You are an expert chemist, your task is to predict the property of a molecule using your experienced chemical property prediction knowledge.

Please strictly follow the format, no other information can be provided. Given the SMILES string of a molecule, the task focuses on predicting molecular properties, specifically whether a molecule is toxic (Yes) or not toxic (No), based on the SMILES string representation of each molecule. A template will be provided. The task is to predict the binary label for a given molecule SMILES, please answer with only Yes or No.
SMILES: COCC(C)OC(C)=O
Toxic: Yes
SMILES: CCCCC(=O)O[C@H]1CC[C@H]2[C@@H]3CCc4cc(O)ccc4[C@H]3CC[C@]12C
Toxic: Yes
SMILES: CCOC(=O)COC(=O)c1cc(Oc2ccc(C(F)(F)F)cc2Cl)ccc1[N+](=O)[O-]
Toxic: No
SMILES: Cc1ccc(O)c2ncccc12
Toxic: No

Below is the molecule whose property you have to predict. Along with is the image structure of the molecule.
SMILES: CC/C=C\CCCCCCCCCCOC(C)=O
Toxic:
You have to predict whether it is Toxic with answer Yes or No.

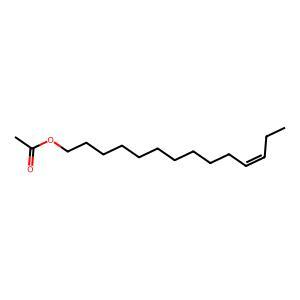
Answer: No